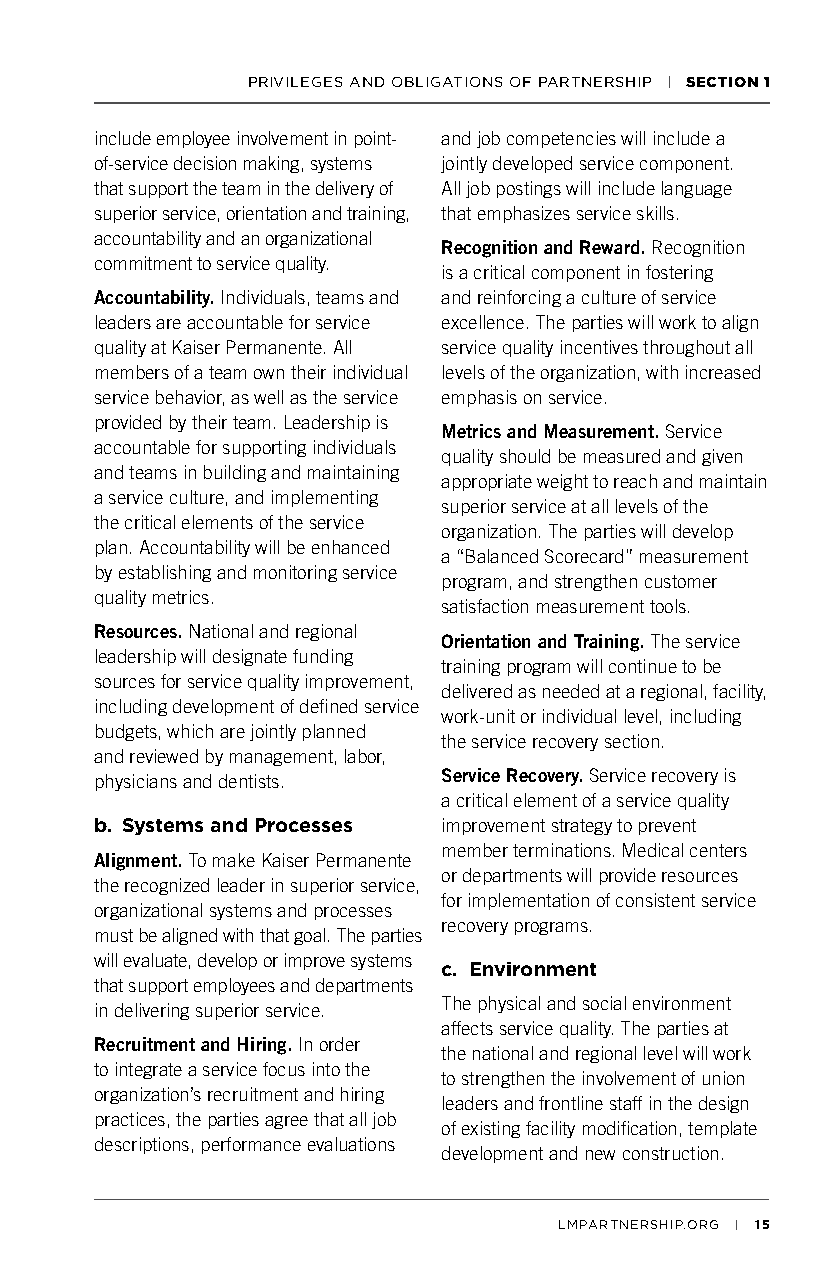
PRIVILEGES AND OBLIGATIONS OF PARTNERSHIP | SECTION 1
 include employee involvement in point- and job competencies will include a
 of-service decision making, systems jointly developed service component.
 that support the team in the delivery of All job postings will include language
 superior service, orientation and training, that emphasizes service skills.
 accountability and an organizational
 Recognition and Reward. Recognition
 commitment to service quality.
 is a critical component in fostering
 Accountability. Individuals, teams and and reinforcing a culture of service
 leaders are accountable for service excellence. The parties will work to align
 quality at Kaiser Permanente. All service quality incentives throughout all
 members of a team own their individual levels of the organization, with increased
 service behavior, as well as the service emphasis on service.
 provided by their team. Leadership is
 Metrics and Measurement. Service
 accountable for supporting individuals
 quality should be measured and given
 and teams in building and maintaining
 appropriate weight to reach and maintain
 a service culture, and implementing
 superior service at all levels of the
 the critical elements of the service
 organization. The parties will develop
 plan. Accountability will be enhanced
 a “Balanced Scorecard” measurement
 by establishing and monitoring service
 program, and strengthen customer
 quality metrics.
 satisfaction measurement tools.
 Resources. National and regional
 Orientation and Training. The service
 leadership will designate funding
 training program will continue to be
 sources for service quality improvement,
 delivered as needed at a regional, facility,
 including development of defined service
 work-unit or individual level, including
 budgets, which are jointly planned
 the service recovery section.
 and reviewed by management, labor,
 physicians and dentists. Service Recovery. Service recovery is
 a critical element of a service quality
 b. Systems and Processes improvement strategy to prevent
 member terminations. Medical centers
 Alignment. To make Kaiser Permanente
 or departments will provide resources
 the recognized leader in superior service,
 for implementation of consistent service
 organizational systems and processes
 recovery programs.
 must be aligned with that goal. The parties
 will evaluate, develop or improve systems
 c. Environment
 that support employees and departments
 in delivering superior service. The physical and social environment
 affects service quality. The parties at
 Recruitment and Hiring. In order
 the national and regional level will work
 to integrate a service focus into the
 to strengthen the involvement of union
 organization’s recruitment and hiring
 leaders and frontline staff in the design
 practices, the parties agree that all job
 of existing facility modification, template
 descriptions, performance evaluations
 development and new construction.
 LMPARTNERSHIP.ORG | 15